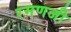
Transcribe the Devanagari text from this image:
रमणजी